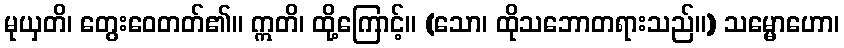
မုယှတိ၊ တွေးဝေတတ်၏။ ဣတိ၊ ထို့ကြောင့်။ (သော၊ ထိုသဘောတရားသည်။) သမ္မောဟော၊